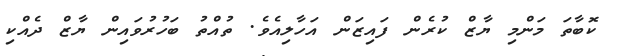
ކޮބާތަ މަންމި ޔާޒް ކުރެން ފައިޒަން އަހާލިއެވެ. ތުއްތު ބަހުރުވައިން ޔާޒް ދެއްކި